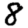
Digit: 8